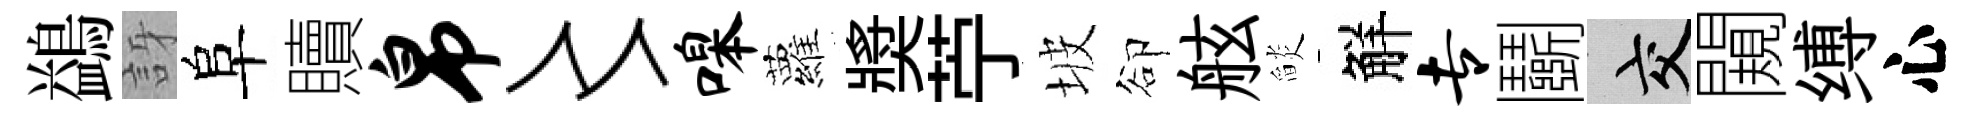
鷁訝阜贖帛〻嗥蘿奬苧坡卻舷𦦨觧专鬬交闚缚心